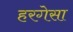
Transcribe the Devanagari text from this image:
हरगेसा